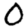
Digit: 0